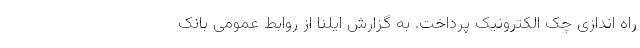
راه اندازی چک الکترونیک پرداخت. به گزارش ایلنا از روابط عمومی بانک